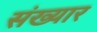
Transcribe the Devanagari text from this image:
संख्यार